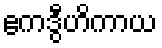
ဧကဒွီဟိကာယ